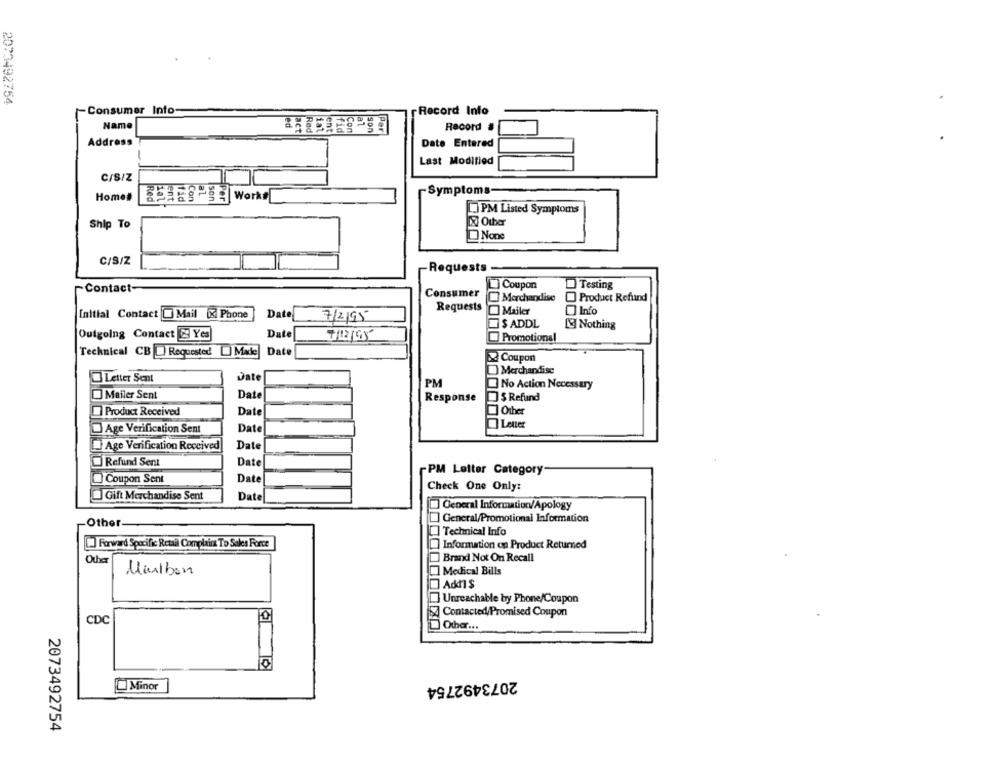
2023492754
Consumer Into-
Record Info
led
Name
Record
Address
Date Entered
Last Modified
C/S/Z
Symptoms-
Home#
Red
Con
son
Per
L.] PM Listed Symptoms
Other
Ship To
C/S/Z
Requests
Contact-
Coupon
Testing
Consumer
Merchandise
Product Refund
Requests
Mailer
Info
Initial Contact @ Mail X Phone
Date
7/2/95
SADDL
[9] Nothing
Outgoing Contact _Yes
Date
7/12/95
Promotional
Technical CB [ Requested [] Made
Date
Coupon
Merchandise
Letter Sent
Date
PM
No Action Necessary
Mailer Sent
Date
Response
$ Refund
Product Received
Date
Other
Date
LenLer
Age Verification Sent
Age Verification Received
Date
Refund Sent
Date
-PM Letter Category
Coupon Sent
Date
Check One Only:
Gift Merchandise Sent
Date
General Information/Apology
General/Promotional Information
Other
Technical Info
Information on Product Returned
L] Forward Specific Retail Complain To Sales Force
Othe
Brand Not On Recall
Marlbon
Medical Bills
I Add1 $
Unreachable by Phone/Coupon
Contacted/Promised Coupon
CDC
Other ...
2073492754
Minor
2073492754